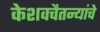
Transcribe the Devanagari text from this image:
केशवचैतन्यांचे